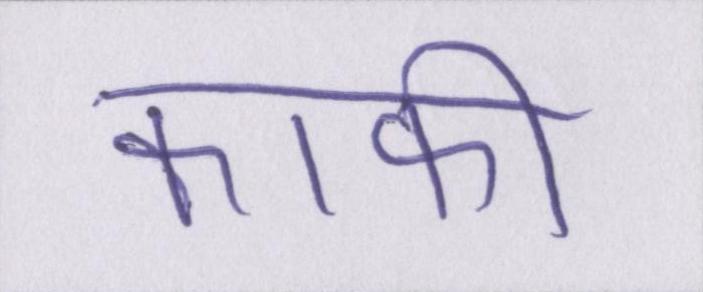
काफी